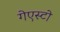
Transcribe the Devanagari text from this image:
गेएस्टो